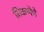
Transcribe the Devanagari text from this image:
विकणेचे